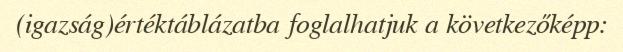
(igazság)értéktáblázatba foglalhatjuk a következőképp: